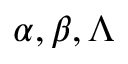
\alpha , \beta , \Lambda